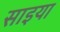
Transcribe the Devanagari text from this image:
साइया